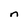
Character: n